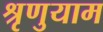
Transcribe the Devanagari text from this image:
श्रृणुयाम